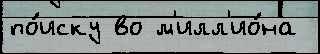
по́иску во м'илл'ио́на